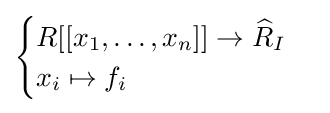
{\begin{cases}R[[x_{1},\ldots ,x_{n}]]\to {\widehat {R}}_{I}\\x_{i}\mapsto f_{i}\end{cases}}